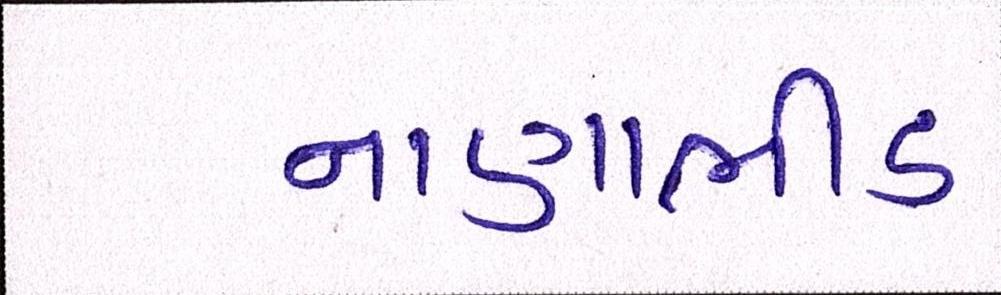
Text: નાણાભીડ